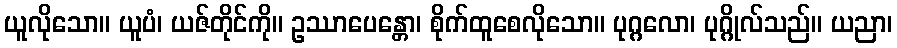
ယူလိုသော။ ယူပံ၊ ယဇ်တိုင်ကို။ ဥဿာပေန္တော၊ စိုက်ထူစေလိုသော။ ပုဂ္ဂလော၊ ပုဂ္ဂိုလ်သည်။ ယညာ၊